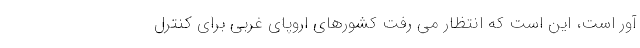
آور است، این است که انتظار می رفت کشورهای اروپای غربی برای کنترل